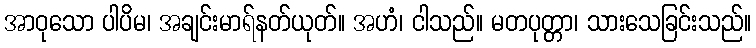
အာဝုသော ပါပိမ၊ အချင်းမာရ်နတ်ယုတ်။ အဟံ၊ ငါသည်။ မတပုတ္တာ၊ သားသေခြင်းသည်။